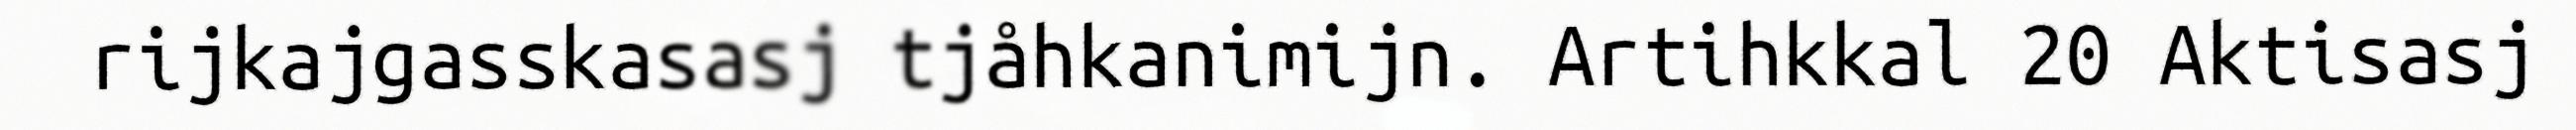
rijkajgasskasasj tjåhkanimijn. Artihkkal 20 Aktisasj